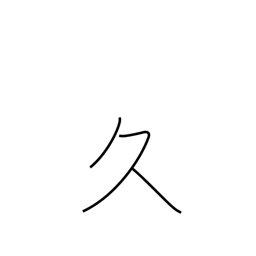
Meaning: long time